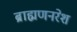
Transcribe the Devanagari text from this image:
ब्राह्मणनरेश